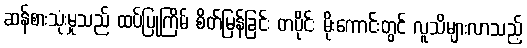
ဆန်စားသုံးမှုသည် ထပ်ပြုကြိမ် စိတ်မြန်ခြင်း တပိုင်း မိုးကောင်းတွင် လူသိများလာသည့်